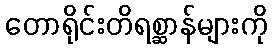
တောရိုင်းတိရစ္ဆာန်များကို